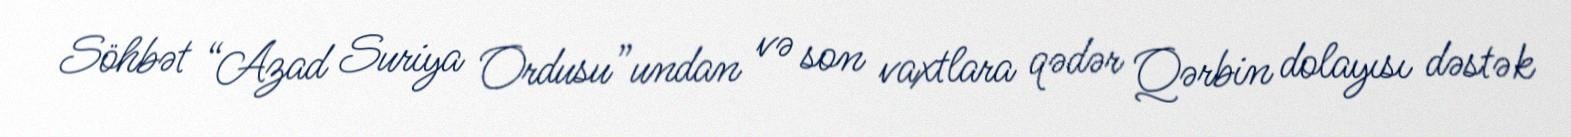
Söhbət “Azad Suriya Ordusu”undan və son vaxtlara qədər Qərbin dolayısı dəstək